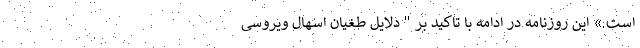
است.» این روزنامه در ادامه با تاکید بر " دلایل طغیان اسهال ویروسی